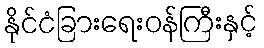
နိုင်ငံခြားရေးဝန်ကြီးနှင့်